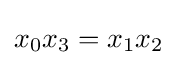
x_{0}x_{3}=x_{1}x_{2}